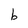
Character: b